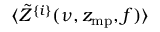
\langle \tilde { Z } ^ { \{ i \} } ( \nu , z _ { \mathrm { m p } } , f ) \rangle